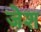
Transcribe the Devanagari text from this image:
जेश